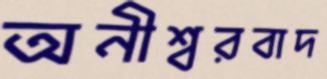
অনীশ্বরবাদ